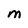
Character: M